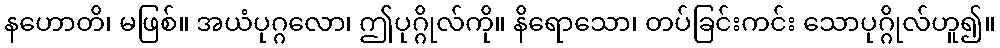
နဟောတိ၊ မဖြစ်။ အယံပုဂ္ဂလော၊ ဤပုဂ္ဂိုလ်ကို။ နိရောသော၊ တပ်ခြင်းကင်း သောပုဂ္ဂိုလ်ဟူ၍။